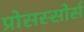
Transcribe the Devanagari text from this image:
प्रोसस्सोर्स